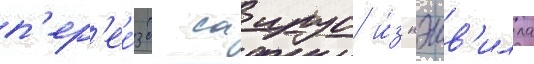
п'ер'ее́зд саирус и́з нэшв'илла